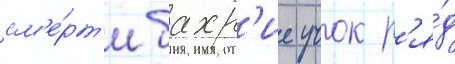
см'е́рт'и бахр'ие учок р'я́д